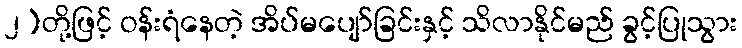
၂)တို့ဖြင့် ဝန်းရံနေတဲ့ အိပ်မပျော်ခြင်းနှင့် သိလာနိုင်မည် ခွင့်ပြုသွား